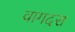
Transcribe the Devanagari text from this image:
वागदरा